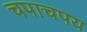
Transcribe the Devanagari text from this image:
चपाचपय